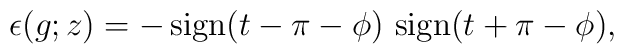
\epsilon(g;z)= -\,{\rm sign}(t-\pi-\phi)\,\,{\rm sign}(t+\pi-\phi),